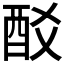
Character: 𨟿